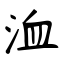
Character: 洫